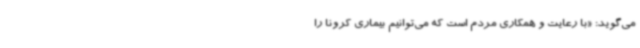
می‌گوید: «با رعایت و همکاری مردم است که می‌توانیم بیماری کرونا را